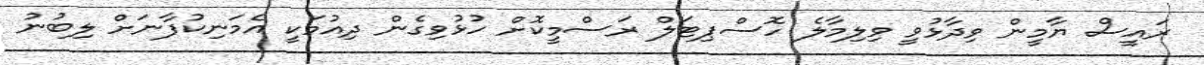
ރައީސް ޔާމީން ވިދާޅުވީ ވިލިމާލެ ހޮސްޕިޓަލް ރަސްމީކޮށް ހުޅުވިގެން ދިއުމަކީ އެމަނިކުފާނަށް ލިބުނު